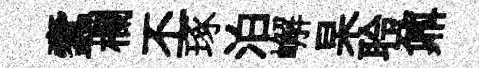
蠧欄丕琢泊嶰杲聆鼐